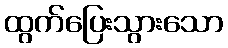
ထွက်ပြေးသွားသော